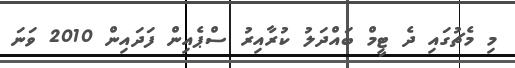
މި މެޗުގައި ދެ ޓީމް ބައްދަލު ކުރާއިރު ސްޕެއިން ފަދައިން 2010 ވަނަ